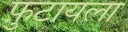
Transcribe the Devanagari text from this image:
फ़ुटायला